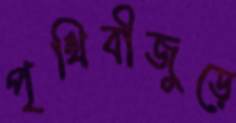
পৃথিবীজুড়ে